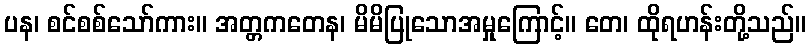
ပန၊ စင်စစ်သော်ကား။ အတ္တကတေန၊ မိမိပြုသောအမှုကြောင့်။ တေ၊ ထိုရဟန်းတို့သည်။